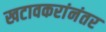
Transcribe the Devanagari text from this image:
खटावकरांनंतर